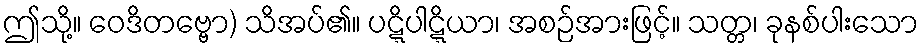
ဤသို့။ ဝေဒိတဗ္ဗော) သိအပ်၏။ ပဋ္ဋိပါဋ္ဋိယာ၊ အစဉ်အားဖြင့်။ သတ္တ၊ ခုနစ်ပါးသော